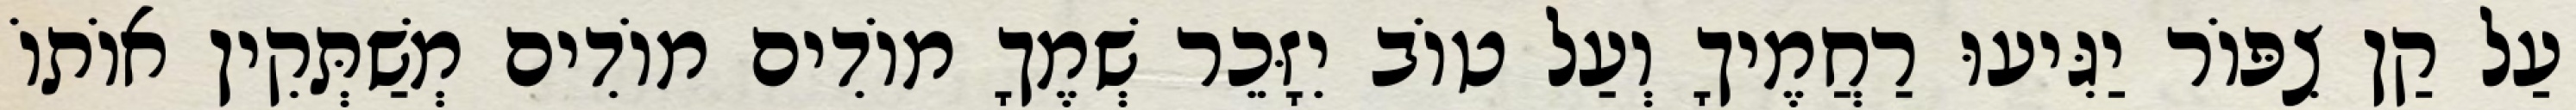
עַל קַן צִפּוֹר יַגִּיעוּ רַחֲמֶיךָ וְעַל טוֹב יִזָּכֵר שְׁמֶךָ מוֹדִים מוֹדִים מְשַׁתְּקִין אוֹתוֹ